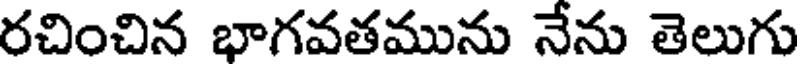
రచించిన భాగవతమును నేను తెలుగు